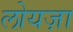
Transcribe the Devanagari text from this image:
लोयज़ा